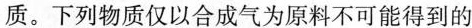
质。下列物质仅以合成气为原料不可能得到的